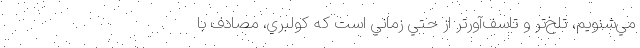
مي‌شنويم، تلخ‌تر و تاسف‌آورتر از حتي زماني است كه كولبري، مصادف با